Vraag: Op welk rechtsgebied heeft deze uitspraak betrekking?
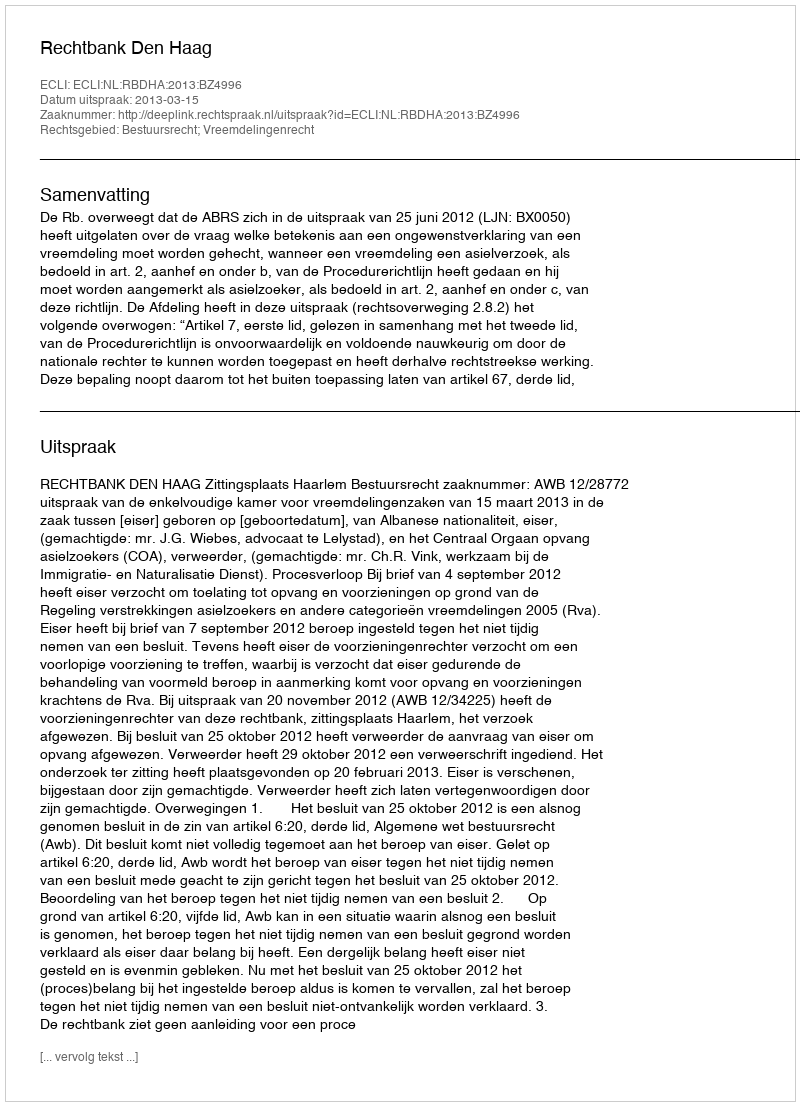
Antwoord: Bestuursrecht; Vreemdelingenrecht